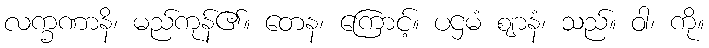
လက္ခဏာနိ၊ မည်ကုန်၏။ တေန၊ ကြောင့်။ ပဌမံ ဈာနံ၊ သည်။ ဝါ၊ ကို။